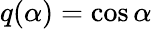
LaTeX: q(\alpha)=\cos{\alpha}